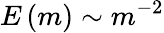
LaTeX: E\left(m\right)\sim m^{-2}